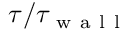
\tau / \tau _ { \mathrm { ~ w ~ a ~ l ~ l ~ } }